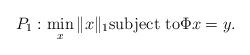
LaTeX: \begin{align*}P_1:\min_{x} \|x\|_{1} \mbox{subject to} \Phi x=y.\end{align*}